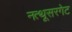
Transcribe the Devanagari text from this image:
नत्थूसरगेट